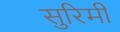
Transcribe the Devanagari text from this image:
सुरिमी